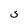
Character: S